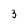
Character: 3